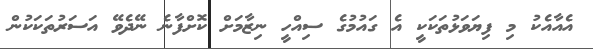
އެއާއެކު މި ފިޔަވަޅުތަކަކީ އެ ގައުމުގެ ސިއްހީ ނިޒާމަށް ކޮށްފާނެ ނޭދެވޭ އަސަރުތަަކަކުން